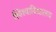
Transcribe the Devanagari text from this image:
श्विश्वाविद्यालय